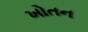
ખોતન